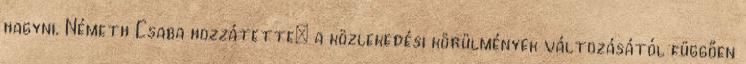
hagyni. Németh Csaba hozzátette: a közlekedési körülmények változásától függően